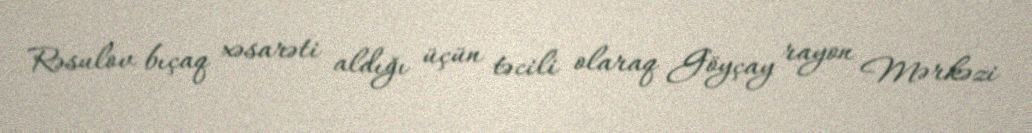
Rəsulov bıçaq xəsarəti aldığı üçün təcili olaraq Göyçay rayon Mərkəzi